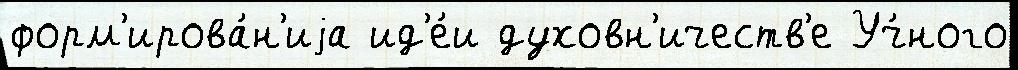
форм'ирова́н'иjа ид'е́и духовн'ичеств'е Уч́ного